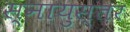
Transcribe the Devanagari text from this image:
स्नायुस्तर